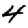
Digit: 4